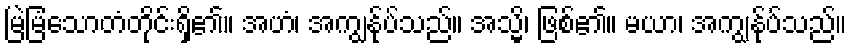
မြဲမြံသောတံတိုင်းရှိ၏။ အဟံ၊ အကျွန်ုပ်သည်။ အသ္မိ၊ ဖြစ်၏။ မယာ၊ အကျွန်ုပ်သည်။